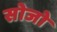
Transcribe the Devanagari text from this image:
सोजो